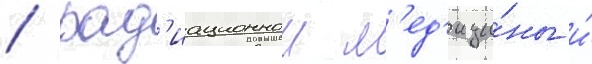
/ рад'иационнои м'ед'ици́ны и́